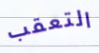
التعقب